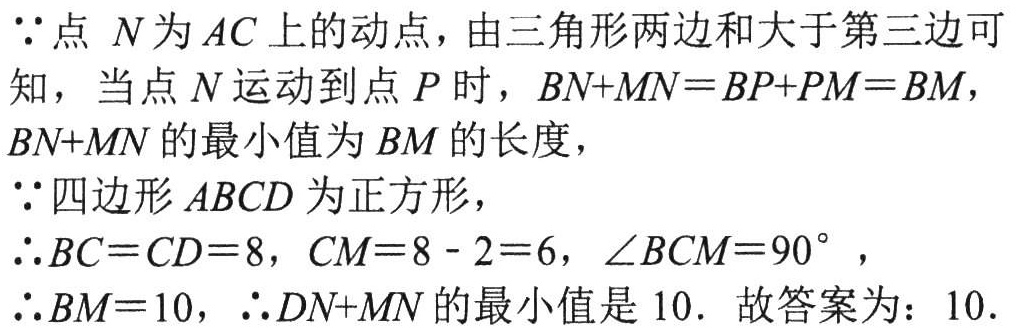
$\because$点 $N$为$AC$上的动点，由三角形两边和大于第三边可知，当点$N$运动到点$P$时，$BN + MN=BP + PM = BM$，$BN + MN$的最小值为$BM$的长度，

$\because$四边形$ABCD$为正方形，

$\therefore BC = CD = 8$，$CM = 8 - 2 = 6$，$\angle BCM = 90^{\circ }$，

$\therefore BM = 10$，$\therefore DN + MN$的最小值是$10$. 故答案为：$10$.